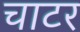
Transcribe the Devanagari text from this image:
चाटर